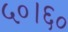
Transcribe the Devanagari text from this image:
५०।६०